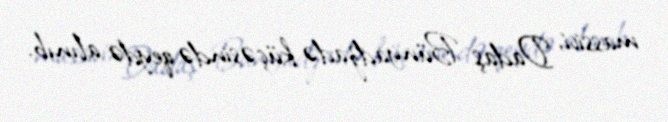
massivi, Dadaş Bünyadzadə küçəsində qeydə alınıb.